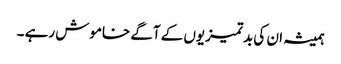
ہمیشہ ان کی بدتمیزیوں کے آگے خاموش رہے ۔